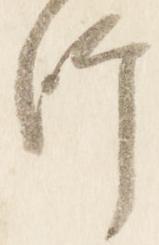
師